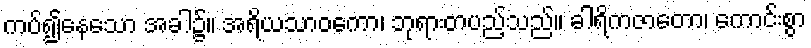
ကပ်၍နေသော အခါ၌။ အရိယသာဝကော၊ ဘုရားတပည့်သည်။ ခါရိကဇာတော၊ ကောင်းစွာ